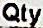
QTY